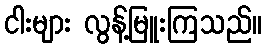
ငါးများ လွန့်မြူးကြသည်။